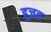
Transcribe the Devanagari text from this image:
हूजत